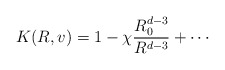
\begin{align*}K(R,v) = 1 - \chi \frac{R_0^{d-3}}{R^{d-3}}+ \cdots\end{align*}